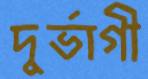
দুর্ভাগী